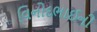
વિનોદભાઈની